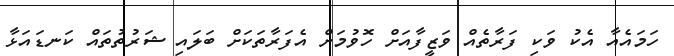
ހަމައެއާ އެކު ވަކި ފަރާތެއް ވަޒީފާއަށް ހޮވުމަށް އެފަރާތަކަށް ބަލައި ޝަރުތުތައް ކަނޑައަޅާ